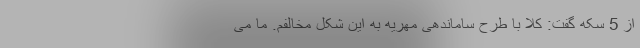
از 5 سکه گفت: کلا با طرح ساماندهی مهریه به این شکل مخالفم. ما می‌